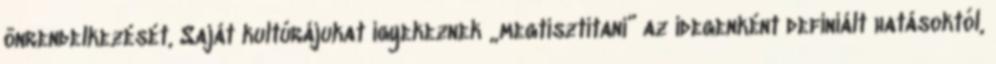
önrendelkezését, Saját kultúrájukat igyekeznek „megtisztítani” az idegenként definiált hatásoktól,